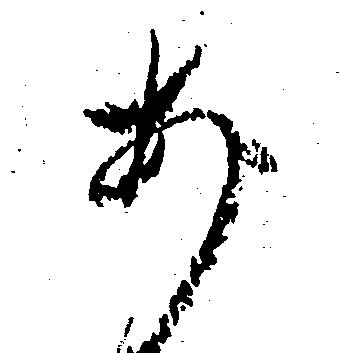
あ